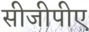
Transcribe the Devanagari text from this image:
सीजीपीए